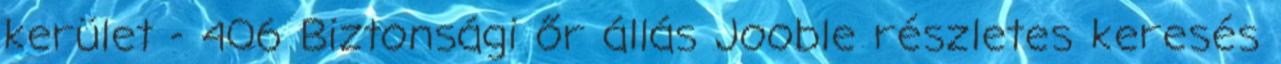
kerület - 406 Biztonsági őr állás Jooble részletes keresés